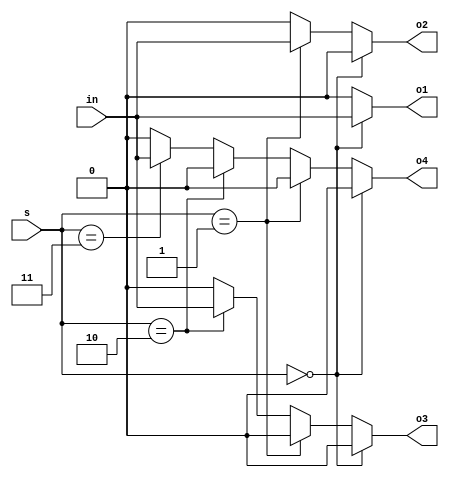
module dmux(in,s,o1,o2,o3,o4);
    input in;
    input [1:0]s;
    output o1,o2,o3,o4;
    reg o1,o2,o3,o4;
    always@(in,s)
    begin
    o1=0;o2=0;o3=0;o4=0;
    if(s==2'b00)
        o1 = in;
    else if(s==2'b01)
        o2 = in;
    else if(s==2'b10)
        o3 = in;
    else if(s==2'b11)
        o4 = in;
    end
endmodule


module test;
    reg in;
    reg [1:0]s;
    wire o1,o2,o3,o4;
    dmux d1(in,s,o1,o2,o3,o4);

    initial
    begin
    $dumpfile("vcd/DeMux.vcd");
    $dumpvars(0, test);
    $display("in \t s \t o1 \t o2 \t o3 \t o4");
    $monitor("%b \t %b \t %b \t %b \t %b \t %b", in, s, o1, o2, o3, o4);


        in = 0;
        s=2'b00;
        #10 s=2'b01;
        #10 s=2'b10;
        #10 s=2'b11;
        #10

        in = 1;
        s=2'b00;
        #10 s=2'b01;
        #10 s=2'b10;
        #10 s=2'b11;
        #10 

    $finish;
    end
    
endmodule